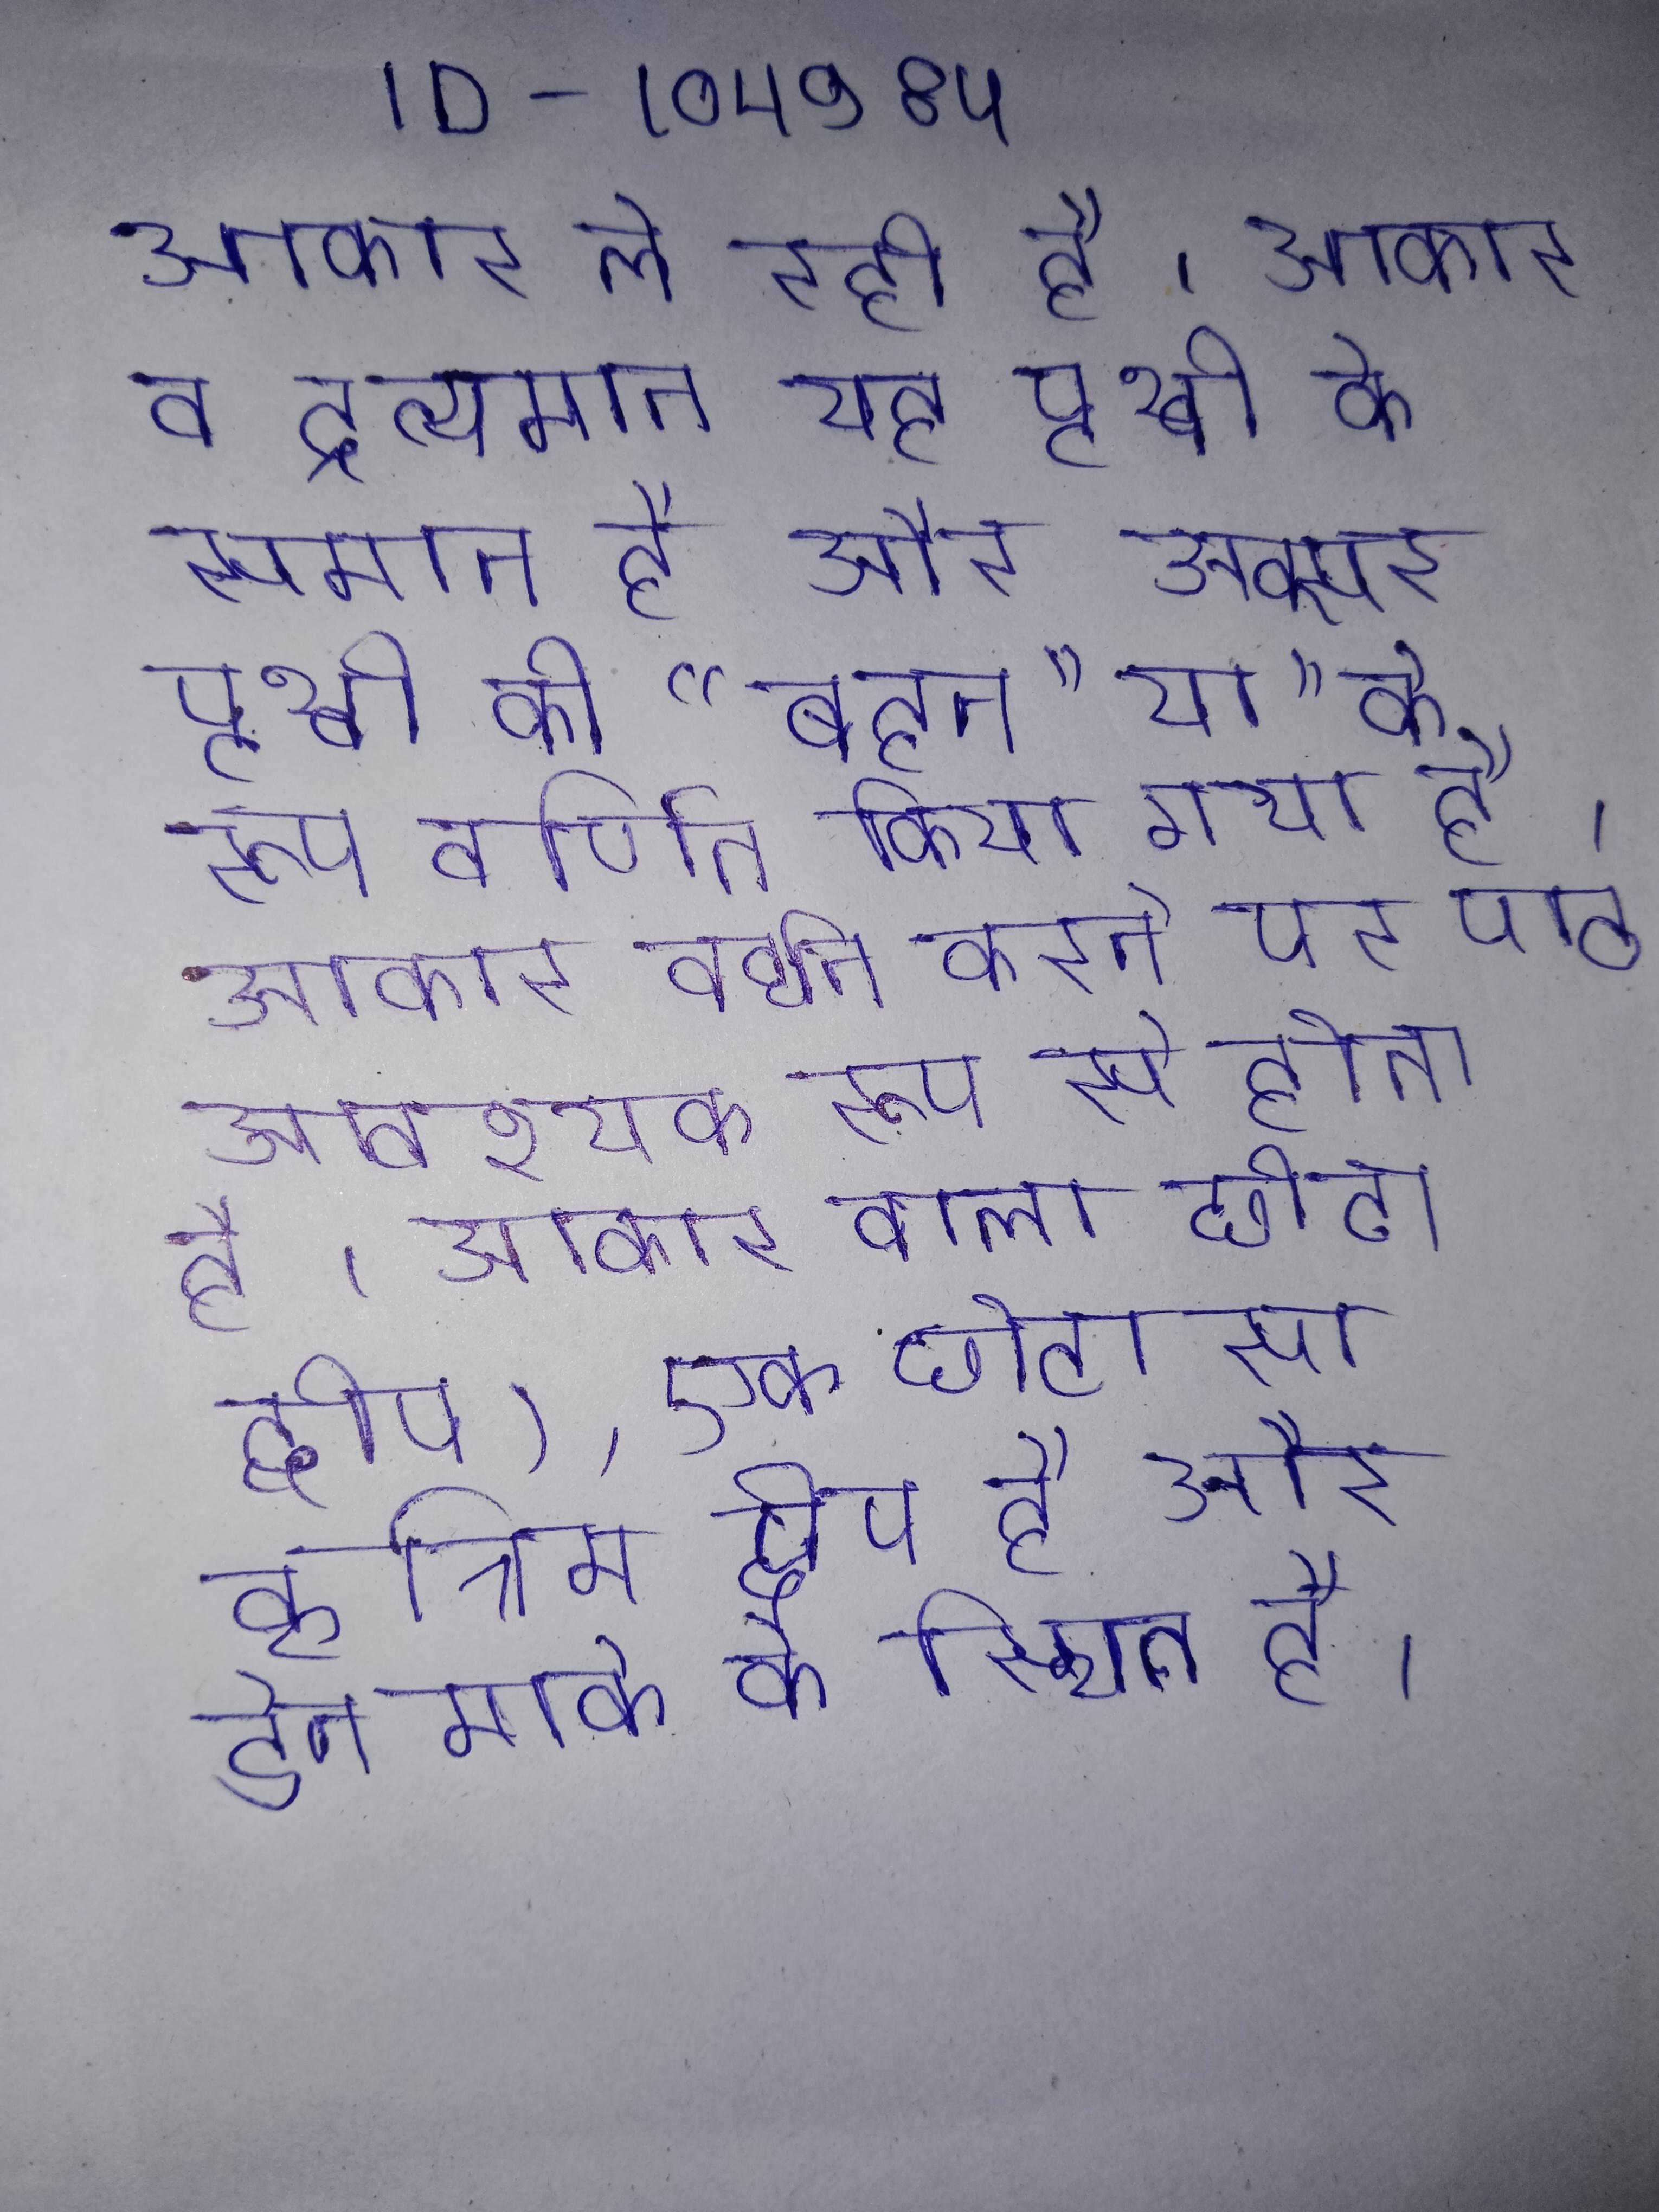
आकार ले रही है । आकार व द्रव्यमान यह पृथ्वी के समान है और अक्सर पृथ्वी की "बहन" या " के रूप वर्णित किया गया है । आकार वर्धन करने पर पाठ आवश्यक रूप से होता है । आकार वाला छोटा द्वीप), एक छोटा सा कृत्रिम द्वीप है और डेनमार्क के स्थित है ।